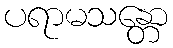
ပရာမသန္တော